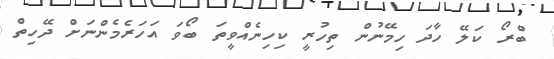
ބްރޯ ކަލޭ ހާދަ ހިމޭނުން ތިހުރީ ކިހިނެއްވީތަ ބޯވަ އަހަރެމެންނަށް ދޭހިތް